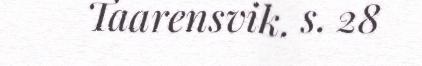
Taarensvik. s. 28